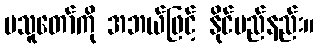
မသူတော်ကို အဘယ်ဖြင့် နိုင်မည်နည်း။